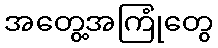
အတွေ့အကြုံတွေ